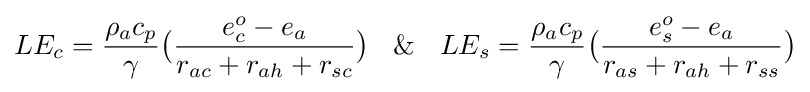
LE_{c}={\frac {\rho _{a}c_{p}}{\gamma }}{\bigl (}{\frac {e_{c}^{o}-e_{a}}{r_{ac}+r_{ah}+r_{sc}}}{\bigr )}\ \And \ LE_{s}={\frac {\rho _{a}c_{p}}{\gamma }}{\bigl (}{\frac {e_{s}^{o}-e_{a}}{r_{as}+r_{ah}+r_{ss}}}{\bigr )}